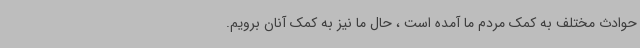
حوادث مختلف به کمک مردم ما آمده‌ است ، حال ما نیز به کمک آنان برویم.